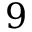
9